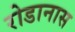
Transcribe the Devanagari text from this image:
रोडानास